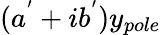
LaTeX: (a^{'}+ib^{'})y_{pole}